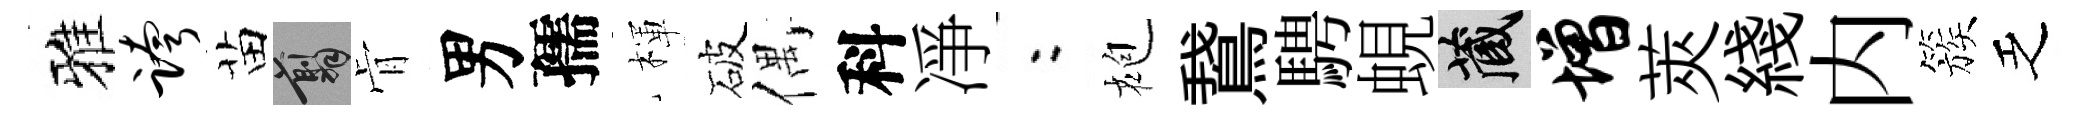
雅跨苗翦肻男孺楎破偶科凈欸袍鵞騁蜆藏增莢綫内簇乏